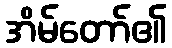
အိမ်တော်၏